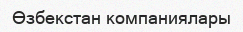
Өзбекстан компаниялары